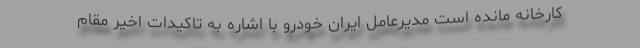
کارخانه مانده است مدیرعامل ایران خودرو با اشاره به تاکیدات اخیر مقام